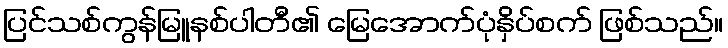
ပြင်သစ်ကွန်မြူနစ်ပါတီ၏ မြေအောက်ပုံနှိပ်စက် ဖြစ်သည်။